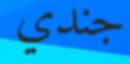
جندي